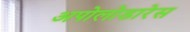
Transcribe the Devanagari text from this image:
अपोलोडारेस